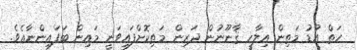
ހަތް އުޑު މަތިން އިލާހީ ޤާނޫނުން ދަރިން މަތިކޮށްފައިވަނީ މައިން ބަފައިންނާއެވެ.